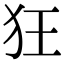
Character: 狂